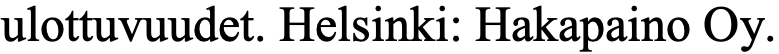
ulottuvuudet. Helsinki: Hakapaino Oy.